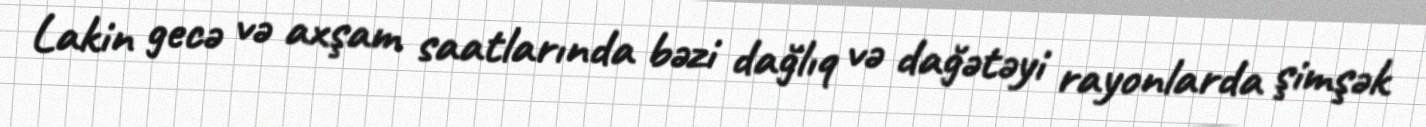
Lakin gecə və axşam saatlarında bəzi dağlıq və dağətəyi rayonlarda şimşək